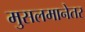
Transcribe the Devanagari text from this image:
मुसलमानेतर